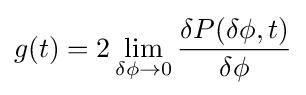
g(t)=2\lim _{\delta \phi \to 0}{\delta P(\delta \phi ,t) \over \delta \phi }